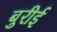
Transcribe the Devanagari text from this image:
बुरीई